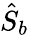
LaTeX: \hat{S}_{b}